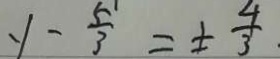
y - \frac { 5 } { 3 } = \pm \frac { 4 } { 3 } .